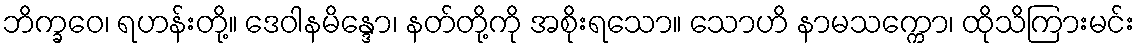
ဘိက္ခဝေ၊ ရဟန်းတို့။ ဒေဝါနမိန္ဒော၊ နတ်တို့ကို အစိုးရသော။ သောဟိ နာမသက္ကော၊ ထိုသိကြားမင်း